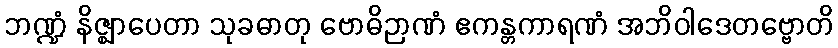
ဘဏ္ဍံ နိဇ္ဈာပေတာ သုခဓာတု ဗောဓိဉာဏံ ဧကန္တကာရဏံ အဘိဝါဒေတဗ္ဗောတိ